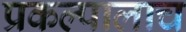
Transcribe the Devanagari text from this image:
प्रकल्पालाच